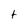
Character: t